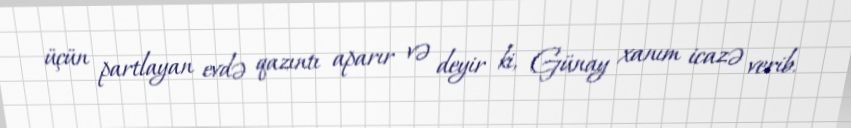
üçün partlayan evdə qazıntı aparır və deyir ki, Günay xanım icazə verib.